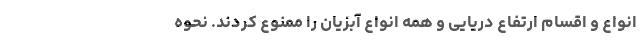
انواع و اقسام ارتفاع دریایی و همه انواع آبزیان را ممنوع کردند. نحوه